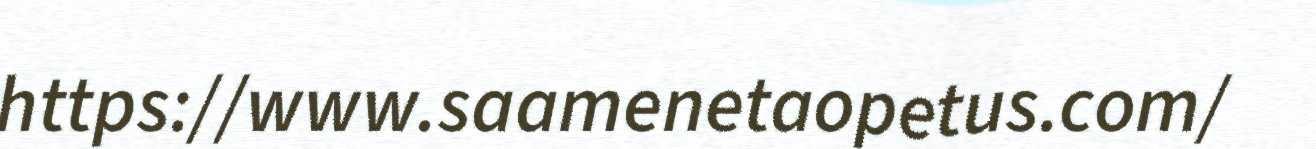
https://www.saamenetaopetus.com/